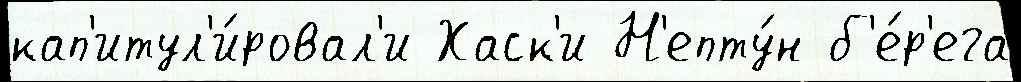
кап'итул'и́ровал'и Хаск'и Н'епту́н б'е́р'ега